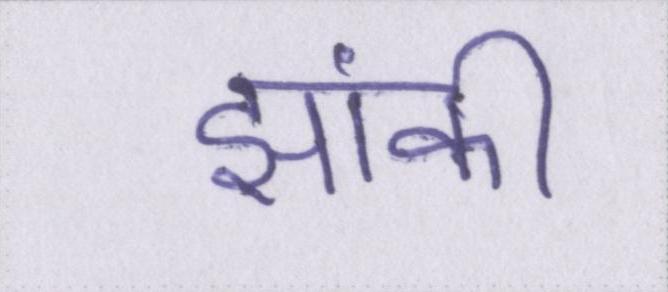
झांकी